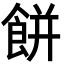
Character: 餅